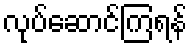
လုပ်ဆောင်ကြရန်